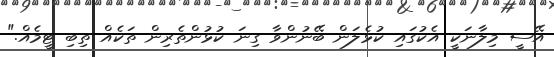
އޭސީ މިލާނަކީ އެކުގައި ކުޅެލަން ބޭނުންވާ ގިނަ ކުޅުންތެރިން ތަކެއް ތިބި ޓީމެއް."